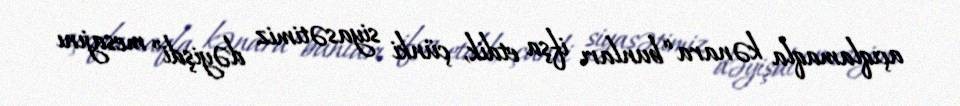
açıqlamaqla kənara “bunları ifşa etdik, çünki siyasətimiz dəyişdi” mesajını